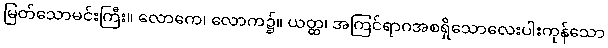
မြတ်သောမင်းကြီး။ လောကေ၊ လောက၌။ ယတ္ထ၊ အကြင်ရာဂအစရှိသောလေးပါးကုန်သော